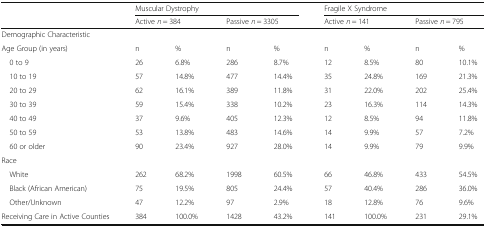
<table><thead><tr><td></td><td colspan="4"><b>Muscular Dystrophy</b></td><td colspan="4"><b>Fragile X Syndrome</b></td></tr><tr><td></td><td colspan="2"><b>Active <i>n</i> = 384</b></td><td colspan="2"><b>Passive <i>n</i> = 3305</b></td><td colspan="2"><b>Active <i>n</i> = 141</b></td><td colspan="2"><b>Passive <i>n</i> = 795</b></td></tr></thead><tbody><tr><td colspan="9">Demographic Characteristic</td></tr><tr><td>Age Group (in years)</td><td>n</td><td>%</td><td>n</td><td>%</td><td>n</td><td>%</td><td>n</td><td>%</td></tr><tr><td> 0 to 9</td><td>26</td><td>6.8%</td><td>286</td><td>8.7%</td><td>12</td><td>8.5%</td><td>80</td><td>10.1%</td></tr><tr><td> 10 to 19</td><td>57</td><td>14.8%</td><td>477</td><td>14.4%</td><td>35</td><td>24.8%</td><td>169</td><td>21.3%</td></tr><tr><td> 20 to 29</td><td>62</td><td>16.1%</td><td>389</td><td>11.8%</td><td>31</td><td>22.0%</td><td>202</td><td>25.4%</td></tr><tr><td> 30 to 39</td><td>59</td><td>15.4%</td><td>338</td><td>10.2%</td><td>23</td><td>16.3%</td><td>114</td><td>14.3%</td></tr><tr><td> 40 to 49</td><td>37</td><td>9.6%</td><td>405</td><td>12.3%</td><td>12</td><td>8.5%</td><td>94</td><td>11.8%</td></tr><tr><td> 50 to 59</td><td>53</td><td>13.8%</td><td>483</td><td>14.6%</td><td>14</td><td>9.9%</td><td>57</td><td>7.2%</td></tr><tr><td> 60 or older</td><td>90</td><td>23.4%</td><td>927</td><td>28.0%</td><td>14</td><td>9.9%</td><td>79</td><td>9.9%</td></tr><tr><td colspan="9">Race</td></tr><tr><td> White</td><td>262</td><td>68.2%</td><td>1998</td><td>60.5%</td><td>66</td><td>46.8%</td><td>433</td><td>54.5%</td></tr><tr><td> Black (African American)</td><td>75</td><td>19.5%</td><td>805</td><td>24.4%</td><td>57</td><td>40.4%</td><td>286</td><td>36.0%</td></tr><tr><td> Other/Unknown</td><td>47</td><td>12.2%</td><td>97</td><td>2.9%</td><td>18</td><td>12.8%</td><td>76</td><td>9.6%</td></tr><tr><td>Receiving Care in Active Counties</td><td>384</td><td>100.0%</td><td>1428</td><td>43.2%</td><td>141</td><td>100.0%</td><td>231</td><td>29.1%</td></tr></tbody></table>